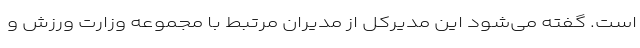
است. گفته می‌شود این مدیرکل از مدیران مرتبط با مجموعه وزارت ورزش و